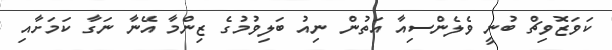
ކަވަޒޮވިޗް ބުނީ ވެލެންސިއާ އަތުން ނިއު ބަލިވުމުގެ ޒިންމާ އޭނާ ނަގާ ކަމަށާއި